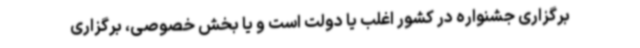
برگزاری جشنواره در کشور اغلب یا دولت است و یا بخش خصوصی، برگزاری